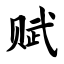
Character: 赋